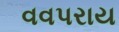
વવપરાય